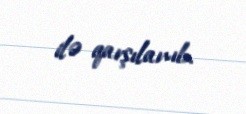
ilə qarşılanıb.